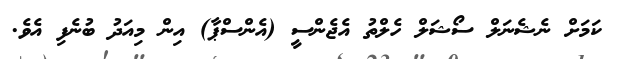
ކަމަށް ނެޝެނަލް ސޯޝަލް ހެލްތު އެޖެންސީ (އެންސްޕާ) އިން މިއަދު ބުނެފި އެވެ.